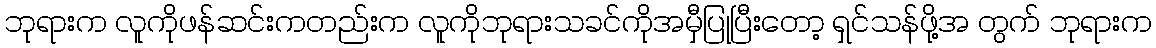
ဘုုရားက လူကိုဖန်ဆင်းကတည်းက လူကိုဘုရားသခင်ကိုအမှီပြုပြီးတော့ ရှင်သန်ဖို့အ တွက် ဘုရားက